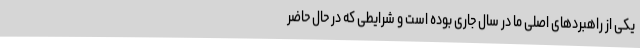
یکی از راهبردهای اصلی ما در سال جاری بوده است و شرایطی که در حال حاضر